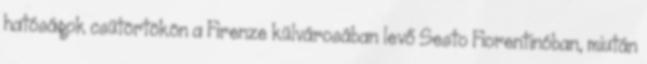
hatóságok csütörtökön a Firenze külvárosában levő Sesto Fiorentinóban, miután